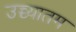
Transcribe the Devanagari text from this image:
उच्च्यातम